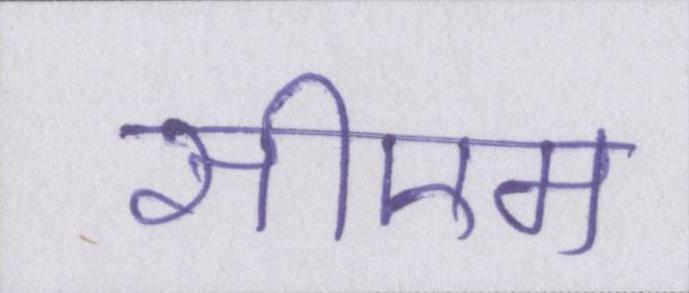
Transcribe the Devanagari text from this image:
सीएम